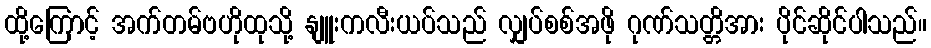
ထို့ကြောင့် အက်တမ်ဗဟိုထုသို့ နျူးကလီးယပ်သည် လျှပ်စစ်အဖို ဂုဏ်သတ္တိအား ပိုင်ဆိုင်ပါသည်။